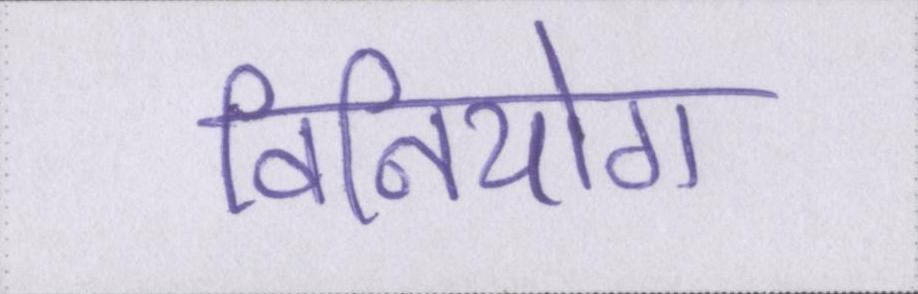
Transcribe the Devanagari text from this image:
विनियोग